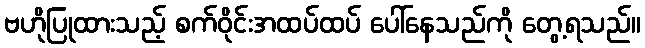
ဗဟိုပြုထားသည့် စက်ဝိုင်းအထပ်ထပ် ပေါ်နေသည်ကို တွေ့ရသည်။